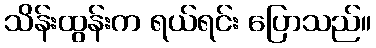
သိန်းထွန်းက ရယ်ရင်း ပြောသည်။